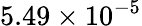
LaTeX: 5.49\times 10^{-5}